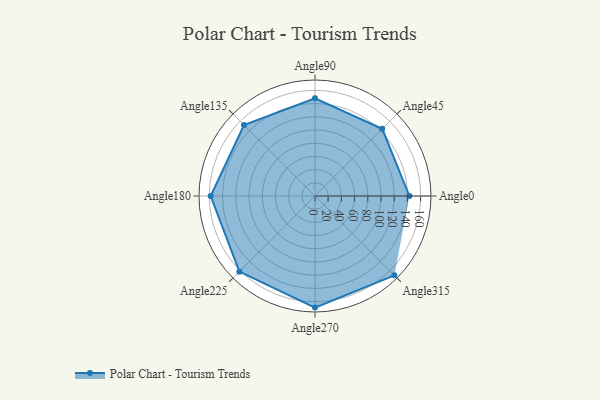
{"axis": {"x": "Angle", "y": "Radius"}, "legend": [""], "data": [{"x": "Angle0", "y": 143.0, "type": ""}, {"x": "Angle45", "y": 144.0, "type": ""}, {"x": "Angle90", "y": 148.0, "type": ""}, {"x": "Angle135", "y": 152.0, "type": ""}, {"x": "Angle180", "y": 158.0, "type": ""}, {"x": "Angle225", "y": 162.0, "type": ""}, {"x": "Angle270", "y": 169.0, "type": ""}, {"x": "Angle315", "y": 170, "type": ""}]}